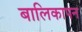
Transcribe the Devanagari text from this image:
बालिकापन